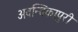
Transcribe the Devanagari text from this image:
अवन्तिकापुरी